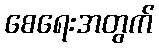
စေရေးအတွက်